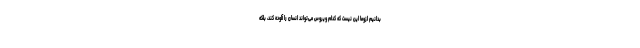
بدانیم لزوما این نیست که کدام ویروس می‌تواند انسان را آلوده کند، بلکه